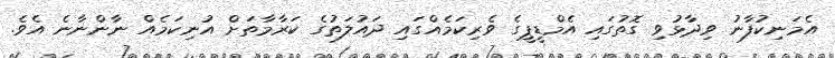
އެމަނިކުފާނު ވިދާޅުވި ގޮތުގައި އެމްޑީޕީގެ ވެރިކަމެއްގައި ދައުލަތުގެ ކަރާމާތަށް އުނިކަމެއް ނާންނާނެ އެވެ.